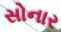
સોનાર